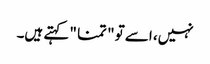
نہیں، اسے تو " تمنا " کہتے ہیں۔